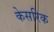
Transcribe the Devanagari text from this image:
केसरिक